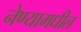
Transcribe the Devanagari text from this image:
नेण्यामधील